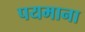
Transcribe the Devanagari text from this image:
पयमाना